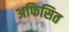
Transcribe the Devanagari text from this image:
अफिसित